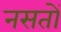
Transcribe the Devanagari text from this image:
नसतों